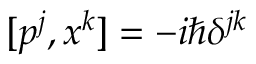
[ p ^ { j } , x ^ { k } ] = - i \hbar \delta ^ { j k }